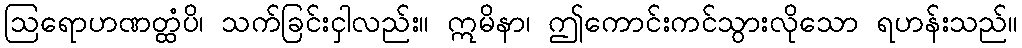
ဩရောဟဏတ္ထံပိ၊ သက်ခြင်းငှါလည်း။ ဣမိနာ၊ ဤကောင်းကင်သွားလိုသော ရဟန်းသည်။